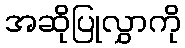
အဆိုပြုလွှာကို